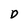
Character: D